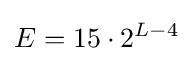
E=15\cdot 2^{L-4}